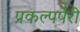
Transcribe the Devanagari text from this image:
प्रकल्पपेरी